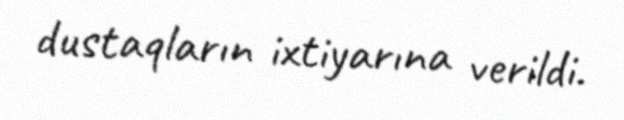
dustaqların ixtiyarına verildi.